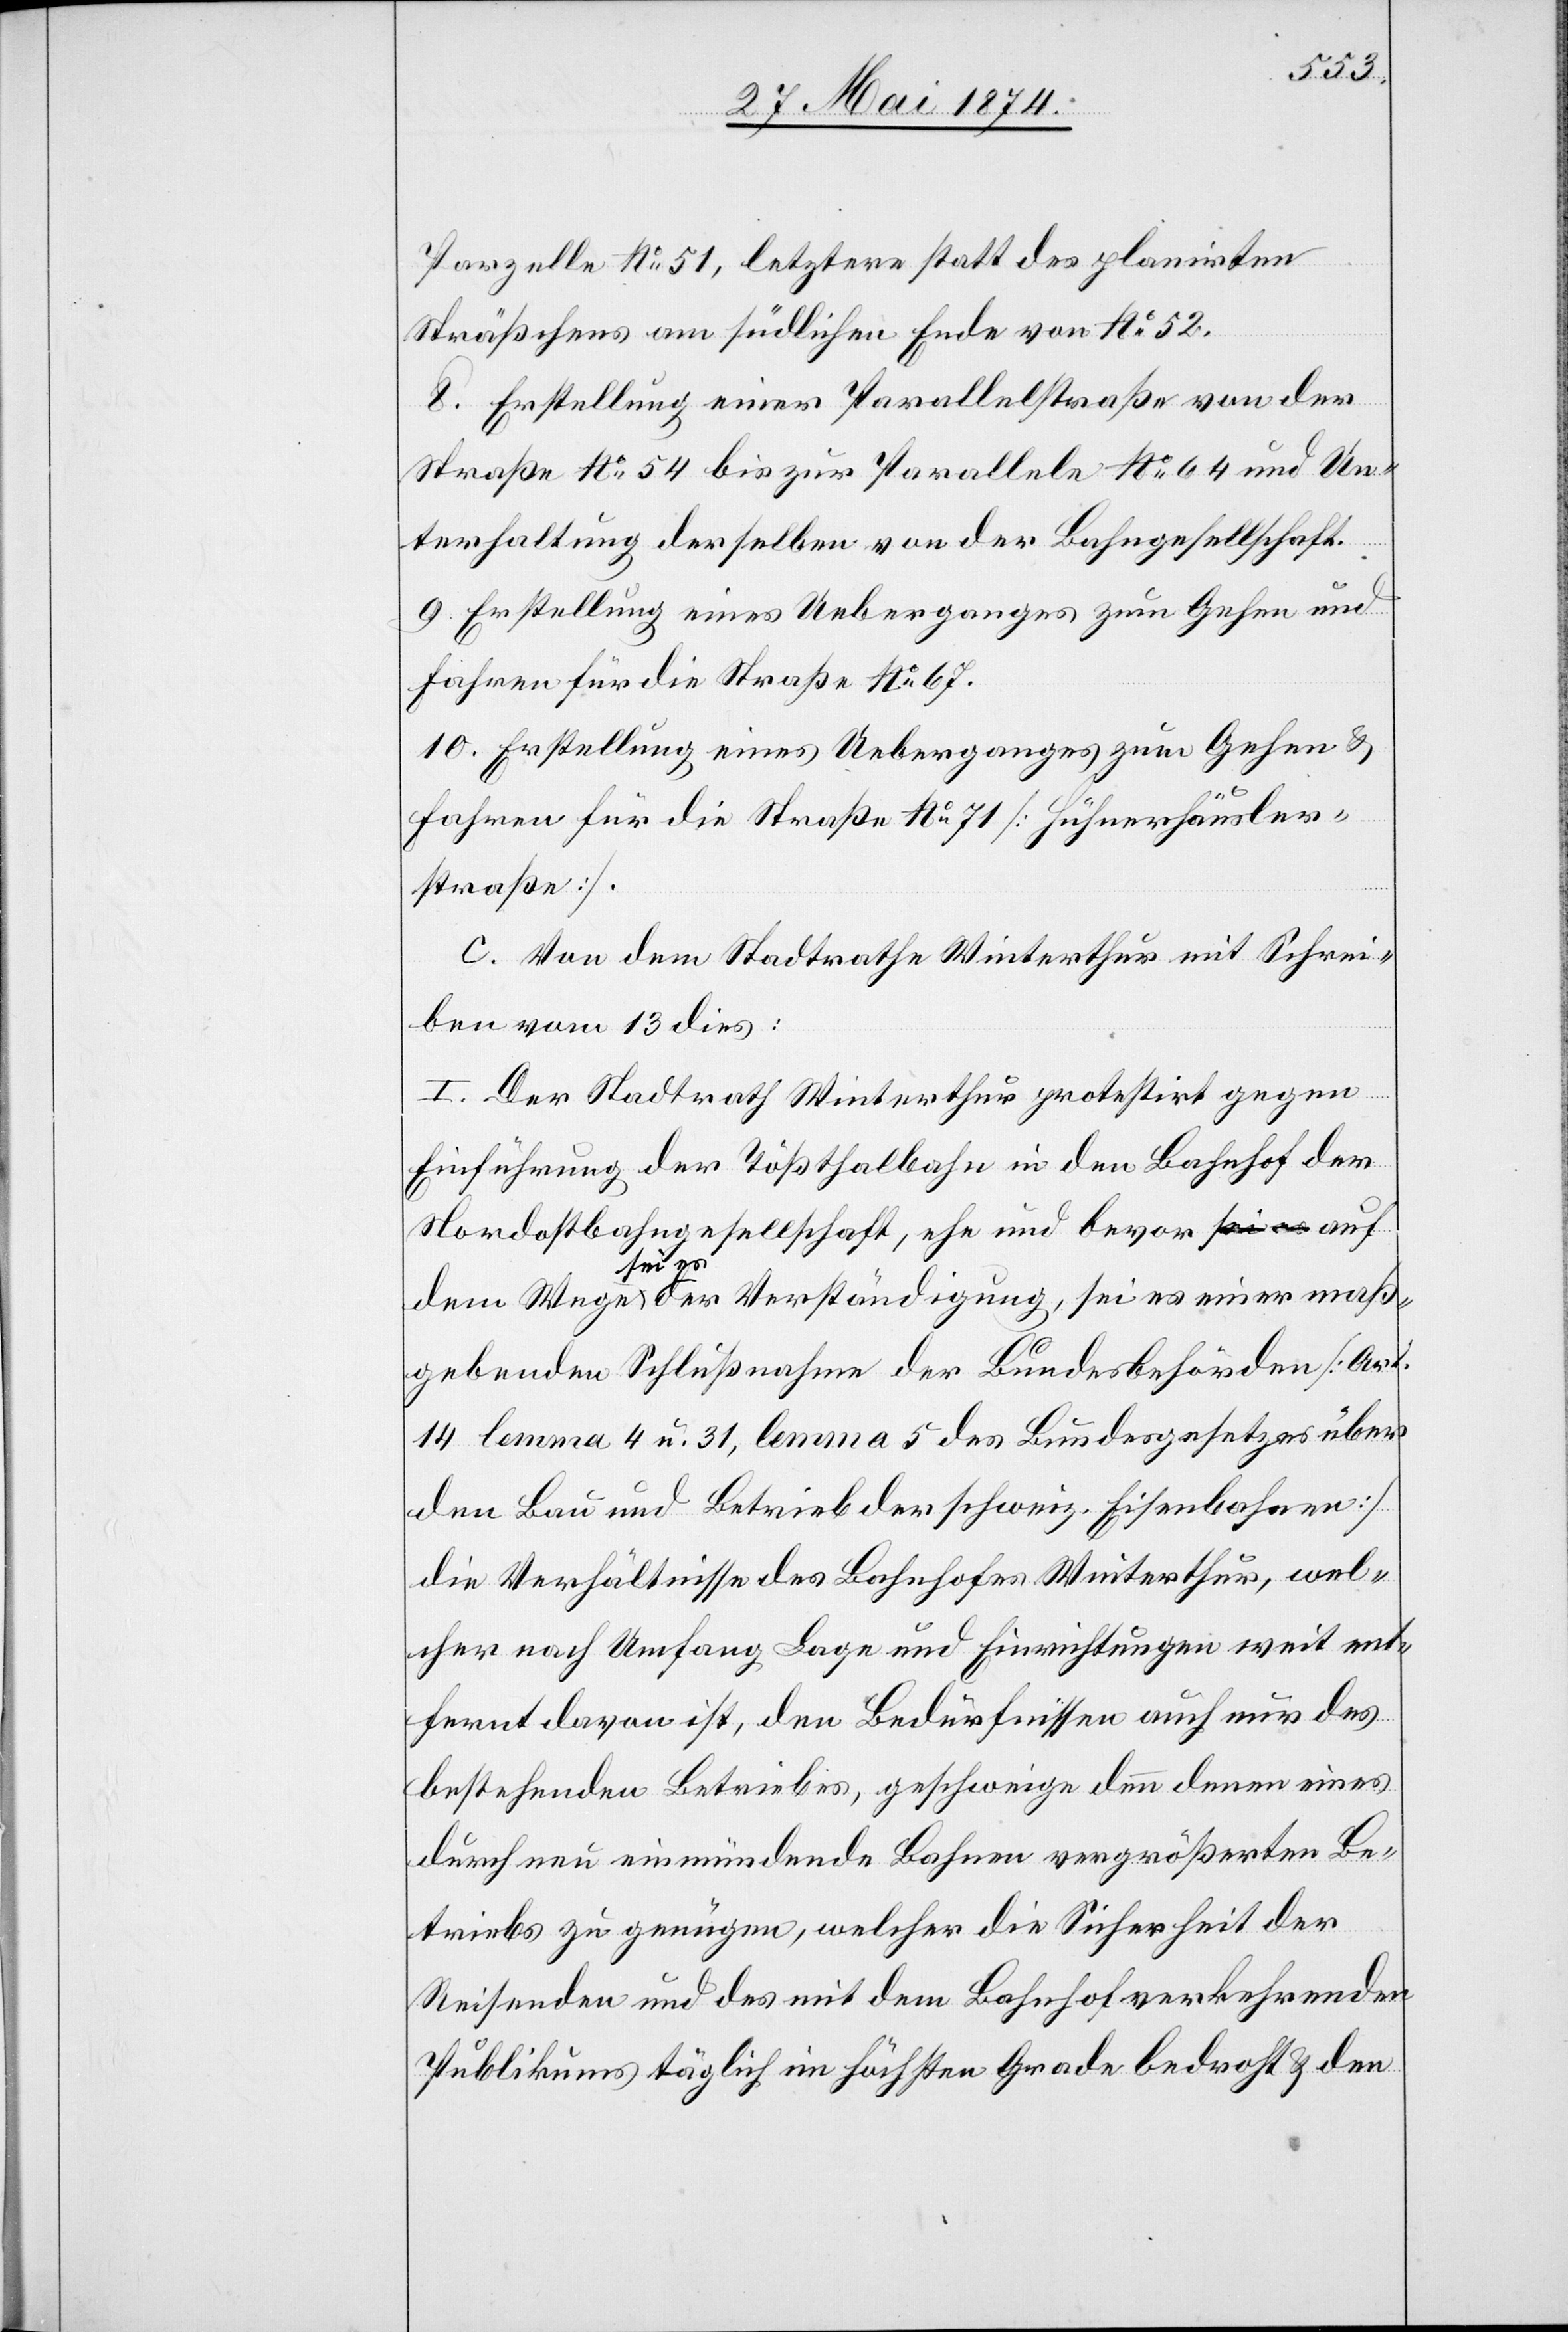
Parzelle No 51, letztere statt des planirten
Sträßchens am südlichen Ende von No 52.
8. Erstellung einer Parallelstraße von der
Straße No 54 bis zur Parallele No 64 und Un¬
terhaltung derselben von der Bahngesellschaft.
9. Erstellung eines Ueberganges zum Gehen und
Fahren für die Straße No 67.
10. Erstellung eines Ueberganges zum Gehen u.
Fahren für die Straße No 71 [Hühnerhäusler¬
straße].
c. Von dem Stadtrathe Winterthur mit Schrei¬
ben vom 13. dies:
I. Der Stadtrath Winterthur protestirt gegen
Einführung der Tößthalbahn in den Bahnhof der
Nordostbahngesellschaft, ehe und bevor auf
dem Wege sei es der Verständigung, sei es einer maß¬
gebenden Schlußnahme der Bundesbehörden [Art.
14 lemma 4. u. 31, lemma 5 des Bundesgesetzes über
den Bau und Betrieb der schweiz. Eisenbahnen]
die Verhältnisse des Bahnhofes Winterthur, wel¬
cher nach Umfang Lage und Einrichtungen weit ent¬
fernt davon ist, den Bedürfnissen auch nur des
bestehenden Betriebes, geschweige denn denen eines
durch neu einmündende Bahnen vergrößerten Be¬
triebs zu genügen, welcher die Sicherheit der
Reisenden und des mit dem Bahnhof verkehrenden
Publikums täglich im höchsten Grade bedroht u. den